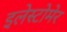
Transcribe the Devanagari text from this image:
इलेस्टोमेर